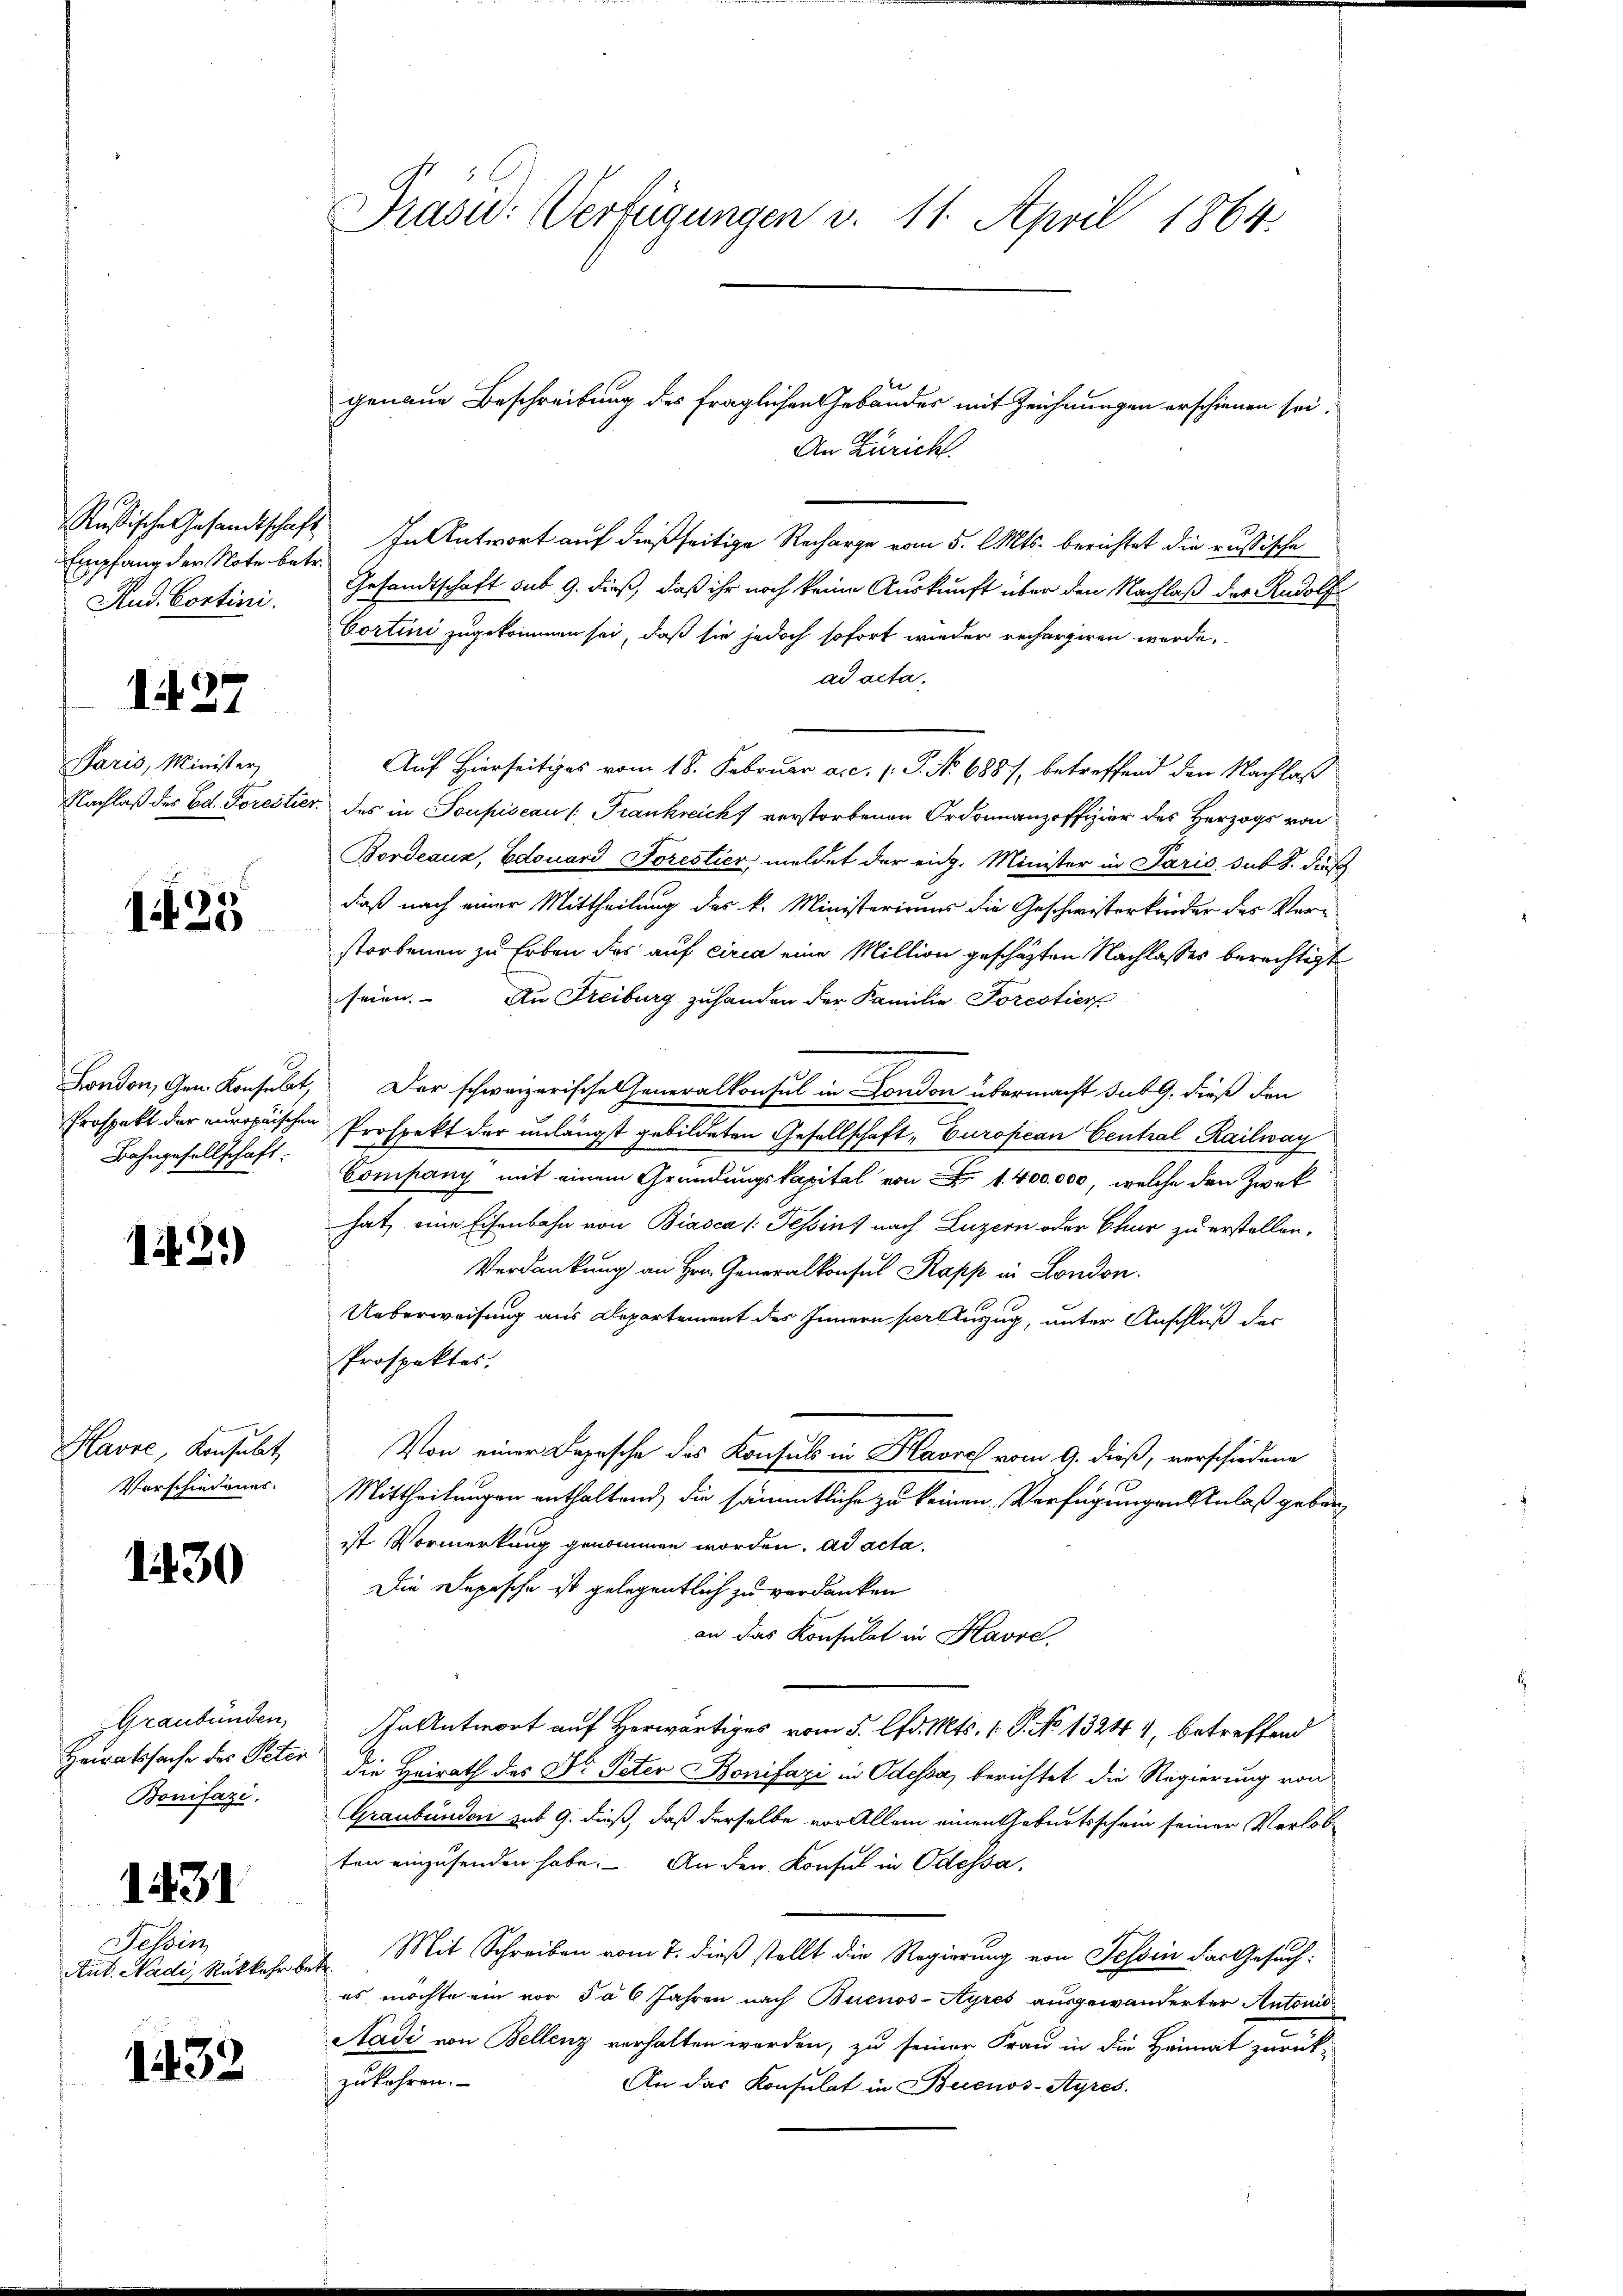
Empfang der Note betr.
Hud. Contini.

Paris, Minister,
Nachlaß des Ed. Foreste

127

i35

London, Gen. Konsulat,
Prospekt der europäischen
Bahngesellschaft.

12.)

Havre, Konsulat
Verschiedenes.

1430

Graubünden,
Heiratssache des Peten
Bonifazi.

1431

f
Tessin,
Aut. Nadi, Rükkehr b

1432

Prasid: Verfügungen v. 11. April 1864.

genaue Beschreibung des fraglichen Gebäudes mit Zeichnungen erschienen sei.
An Züricht.
Rußische Gesandtschaft In Antwort auf dießseitige Recharge vom 5. Mts. berichtet die russische
Gesandtschaft sub. 9. dieß, daß ihr noch keine Auskunft über den Nachlaß des Rudolf
Cortini zugekommen sei, daß sie jedoch sofort wieder rechargiren werde,
ad acta.
Auf Hierseitiges vom 18. Februar a. c. P. No 688/, betreffend den Nachlaß
r. des in Soupiscau (Frankreich verstorbenen Ordonnanzoffizier des Herzogs von
Bordeaux, Edouard Forestier, meldet der eidg. Minister in Paris sub S. daß
daß nach einer Mittheilung des k. Ministeriums die Geschwisterkinder des Ver-
storbenen zu Erben das auf circa eine Million geschäften Nachlasses berechtigt
seien. An Freiburg zuhanden der Familie Torestier
Der schweizerische Generalkonsul in London übermacht sub 9. dieß den
Prospekt der unlängst gebildeten Gesellschaft „European Central Railwag
Company mit einem Gründungskapital von  1400,000, welche den Zweck
hat, eine Eisenbahn von Biasca /: Tessins nach Luzern oder Chur zu erstellen.
Verdankung an Hrn. Generalkonsul Kapp in London.
Ueberweisung aus Departement des Innern sort auszug, unter Anschluß der
Prospektes,
Von einer Depesche des Konsuls in Havre vom 9. dieß, verschiedene
Mittheilungen enthaltend, die sämmtliche zu keinen Verfügungen Anlaß geben
ist Vormerkung genommen worden. ad acta.
Die Depesche ist gelegentlich zu verdanken
an das Konsulat in Havre,
In Antwort auf Herwärtiges vom 5. d. Mts. 1. P. No 1324 1, betreffend
die Heirath des Dr. Peter Bonifazi in Odessa berichtet die Regierung von
Graubünden sub 9. dieß, daß derselbe vor Allem einen Geburtsschein seiner Verlob
ten einzusenden habe. An den Konsul in Odessa,
Mit Schreiben vom 7. dieß stellt die Regierung von Tessin das Gesuch:
.
es möchte ein vor 5 a 6 Jahren nach Buenos-Ayres ausgewanderter Autonis
Aadi von Bellenz verhalten werden, zu seiner Frau in die Heimat zurückzukehren.
An das Konsulat in Buenos-Ayres